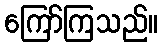
ကြော်ကြသည်။